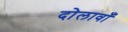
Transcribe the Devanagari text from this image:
दोलावाँ